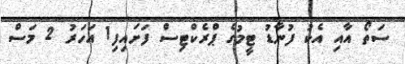
ސަތޯ އާއި އެކު ފުނާޑު ޓީމުގެ ޕްރެކްޓިސް ފަށައިފި1 އަހަރު 2 މަސް